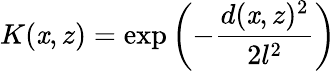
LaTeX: K(\mathit{x},z)=\exp\left(-\frac{{d(\mathit{x},z)^{2}}}{{2l^{2}}}\right)